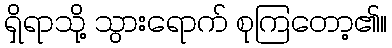
ရှိရာသို့ သွားရောက် စုကြတော့၏။